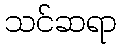
သင်ဆရာ